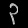
Digit: ၃